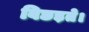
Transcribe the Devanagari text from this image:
बिछड़ते।